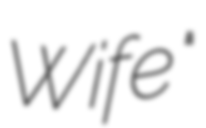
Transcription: Wife"